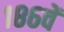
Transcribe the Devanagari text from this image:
१८६वें